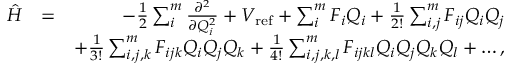
\begin{array} { r l r } { \hat { H } } & { = } & { - \frac { 1 } { 2 } \sum _ { i } ^ { m } \frac { \partial ^ { 2 } } { \partial Q _ { i } ^ { 2 } } + V _ { \mathrm { r e f } } + \sum _ { i } ^ { m } F _ { i } Q _ { i } + \frac { 1 } { 2 ! } \sum _ { i , j } ^ { m } F _ { i j } Q _ { i } Q _ { j } } \\ & { } & { + \frac { 1 } { 3 ! } \sum _ { i , j , k } ^ { m } F _ { i j k } Q _ { i } Q _ { j } Q _ { k } + \frac { 1 } { 4 ! } \sum _ { i , j , k , l } ^ { m } F _ { i j k l } Q _ { i } Q _ { j } Q _ { k } Q _ { l } + \ldots , } \end{array}